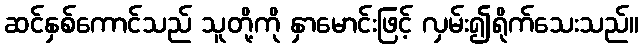
ဆင်နှစ်ကောင်သည် သူတို့ကို နှာမောင်းဖြင့် လှမ်း၍ရိုက်သေးသည်။